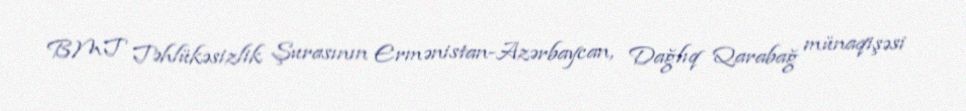
BMT Təhlükəsizlik Şurasının Ermənistan-Azərbaycan, Dağlıq Qarabağ münaqişəsi